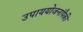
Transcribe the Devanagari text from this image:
उपाययोजनांपैकी